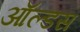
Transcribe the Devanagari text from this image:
ऑल्डस